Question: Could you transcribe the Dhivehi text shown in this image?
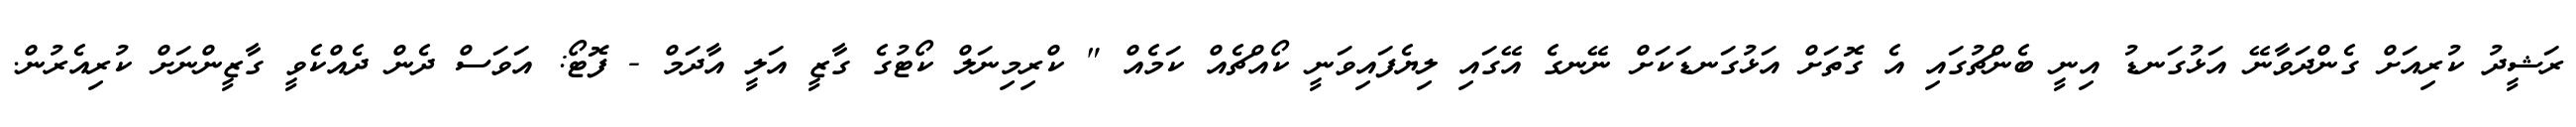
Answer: ރަޝީދު ކުރިއަށް ގެންދަވާނޭ އަޅުގަނޑު އިނީ ބެންޗުގައި އެ ގޮތަށް އަޅުގަނޑަކަށް ނޭނގެ އޭގައި ލިޔެފައިވަނީ ކޯއްޗެއް ކަމެއް " ކްރިމިނަލް ކޯޓުގެ ގާޒީ އަލީ އާދަމް - ފޮޓޯ: އަވަސް ދެން ދެއްކެވީ ގާޒީންނަށް ކުރިއެރުން.